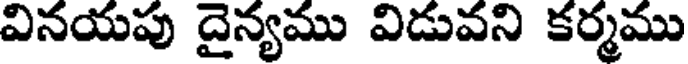
వినయపు దైన్యము విడువని కర్మము